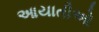
આયાતીઓ